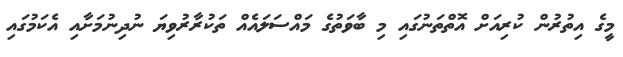
މީގެ އިތުރުން ކުރިއަށް އޮތްތަނުގައި މި ބާވަތުގެ މައްސަލައެއް ތަކުރާރުވިޔަ ނުދިނުމަށާއި އެކަމުގައި